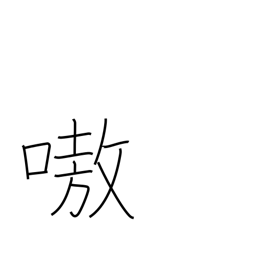
Meaning: noisy